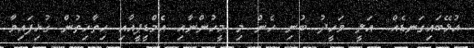
އުޅޭބައިގަނޑެއް. ޢަލީ ވަހީދު ބުނި ހެން މި މީހުންނާއި އެމްޑީޕީއާއި ހިތާހިތުން ގުޅިފައިވާ